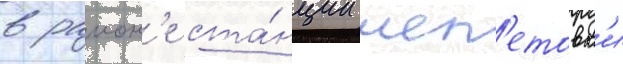
в раион'е ста́нции шеп'етовк'и